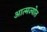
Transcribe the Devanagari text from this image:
आत्मज्योत